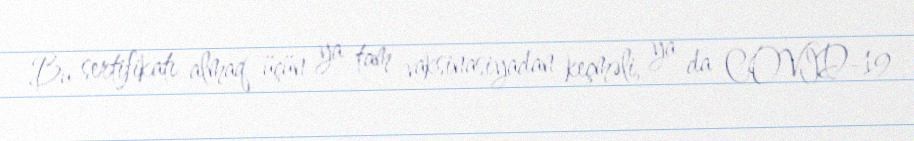
Bu sertifikatı almaq üçün ya tam vaksinasiyadan keçməli, ya da COVİD-19